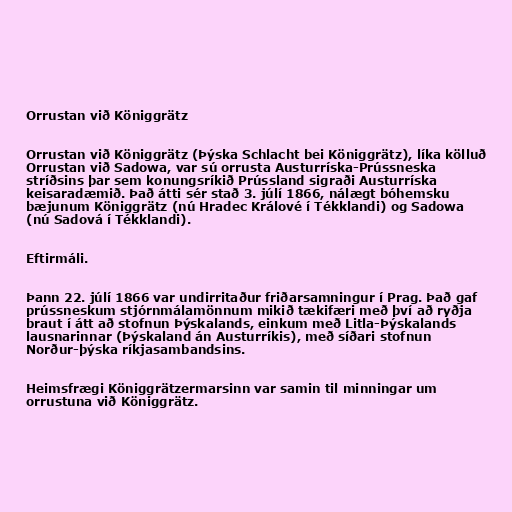
Orrustan við Königgrätz

Orrustan við Königgrätz (Þýska Schlacht bei Königgrätz), líka kölluð
Orrustan við Sadowa, var sú orrusta Austurríska-Prússneska
stríðsins þar sem konungsríkið Prússland sigraði Austurríska
keisaradæmið. Það átti sér stað 3. júlí 1866, nálægt bóhemsku
bæjunum Königgrätz (nú Hradec Králové í Tékklandi) og Sadowa
(nú Sadová í Tékklandi).

Eftirmáli.

Þann 22. júlí 1866 var undirritaður friðarsamningur í Prag. Það gaf
prússneskum stjórnmálamönnum mikið tækifæri með því að ryðja
braut í átt að stofnun Þýskalands, einkum með Litla-Þýskalands
lausnarinnar (Þýskaland án Austurríkis), með síðari stofnun
Norður-þýska ríkjasambandsins.

Heimsfrægi Königgrätzermarsinn var samin til minningar um
orrustuna við Königgrätz.